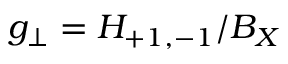
g _ { \perp } = H _ { + 1 , - 1 } / B _ { X }